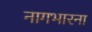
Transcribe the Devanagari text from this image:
नागभारना